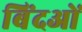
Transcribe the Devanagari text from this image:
बिंदओं